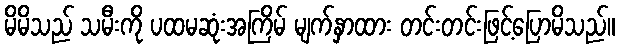
မိမိသည် သမီးကို ပထမဆုံးအကြိမ် မျက်နှာထား တင်းတင်းဖြင့်ပြောမိသည်။